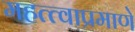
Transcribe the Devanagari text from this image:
महत्त्वाप्रमाणे